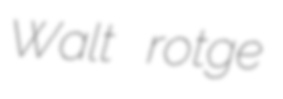
Walt rotge